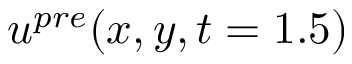
u ^ { p r e } ( x , y , t = 1 . 5 )